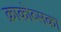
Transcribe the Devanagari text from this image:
क्राकोव्सका